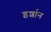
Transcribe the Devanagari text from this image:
इर्शान